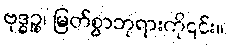
ဗုဒ္ဓဉ္စ၊ မြတ်စွာဘုရားကို၎င်း။